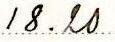
18.20